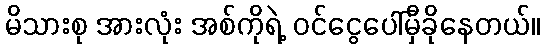
မိသားစု အားလုံး အစ်ကိုရဲ့ ဝင်ငွေပေါ်မှီခိုနေတယ်။